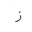
Letter: _zay